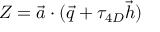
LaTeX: { \cal Z } = \vec { a } \cdot ( \vec { q } + \tau _ { 4 D } \vec { h } )